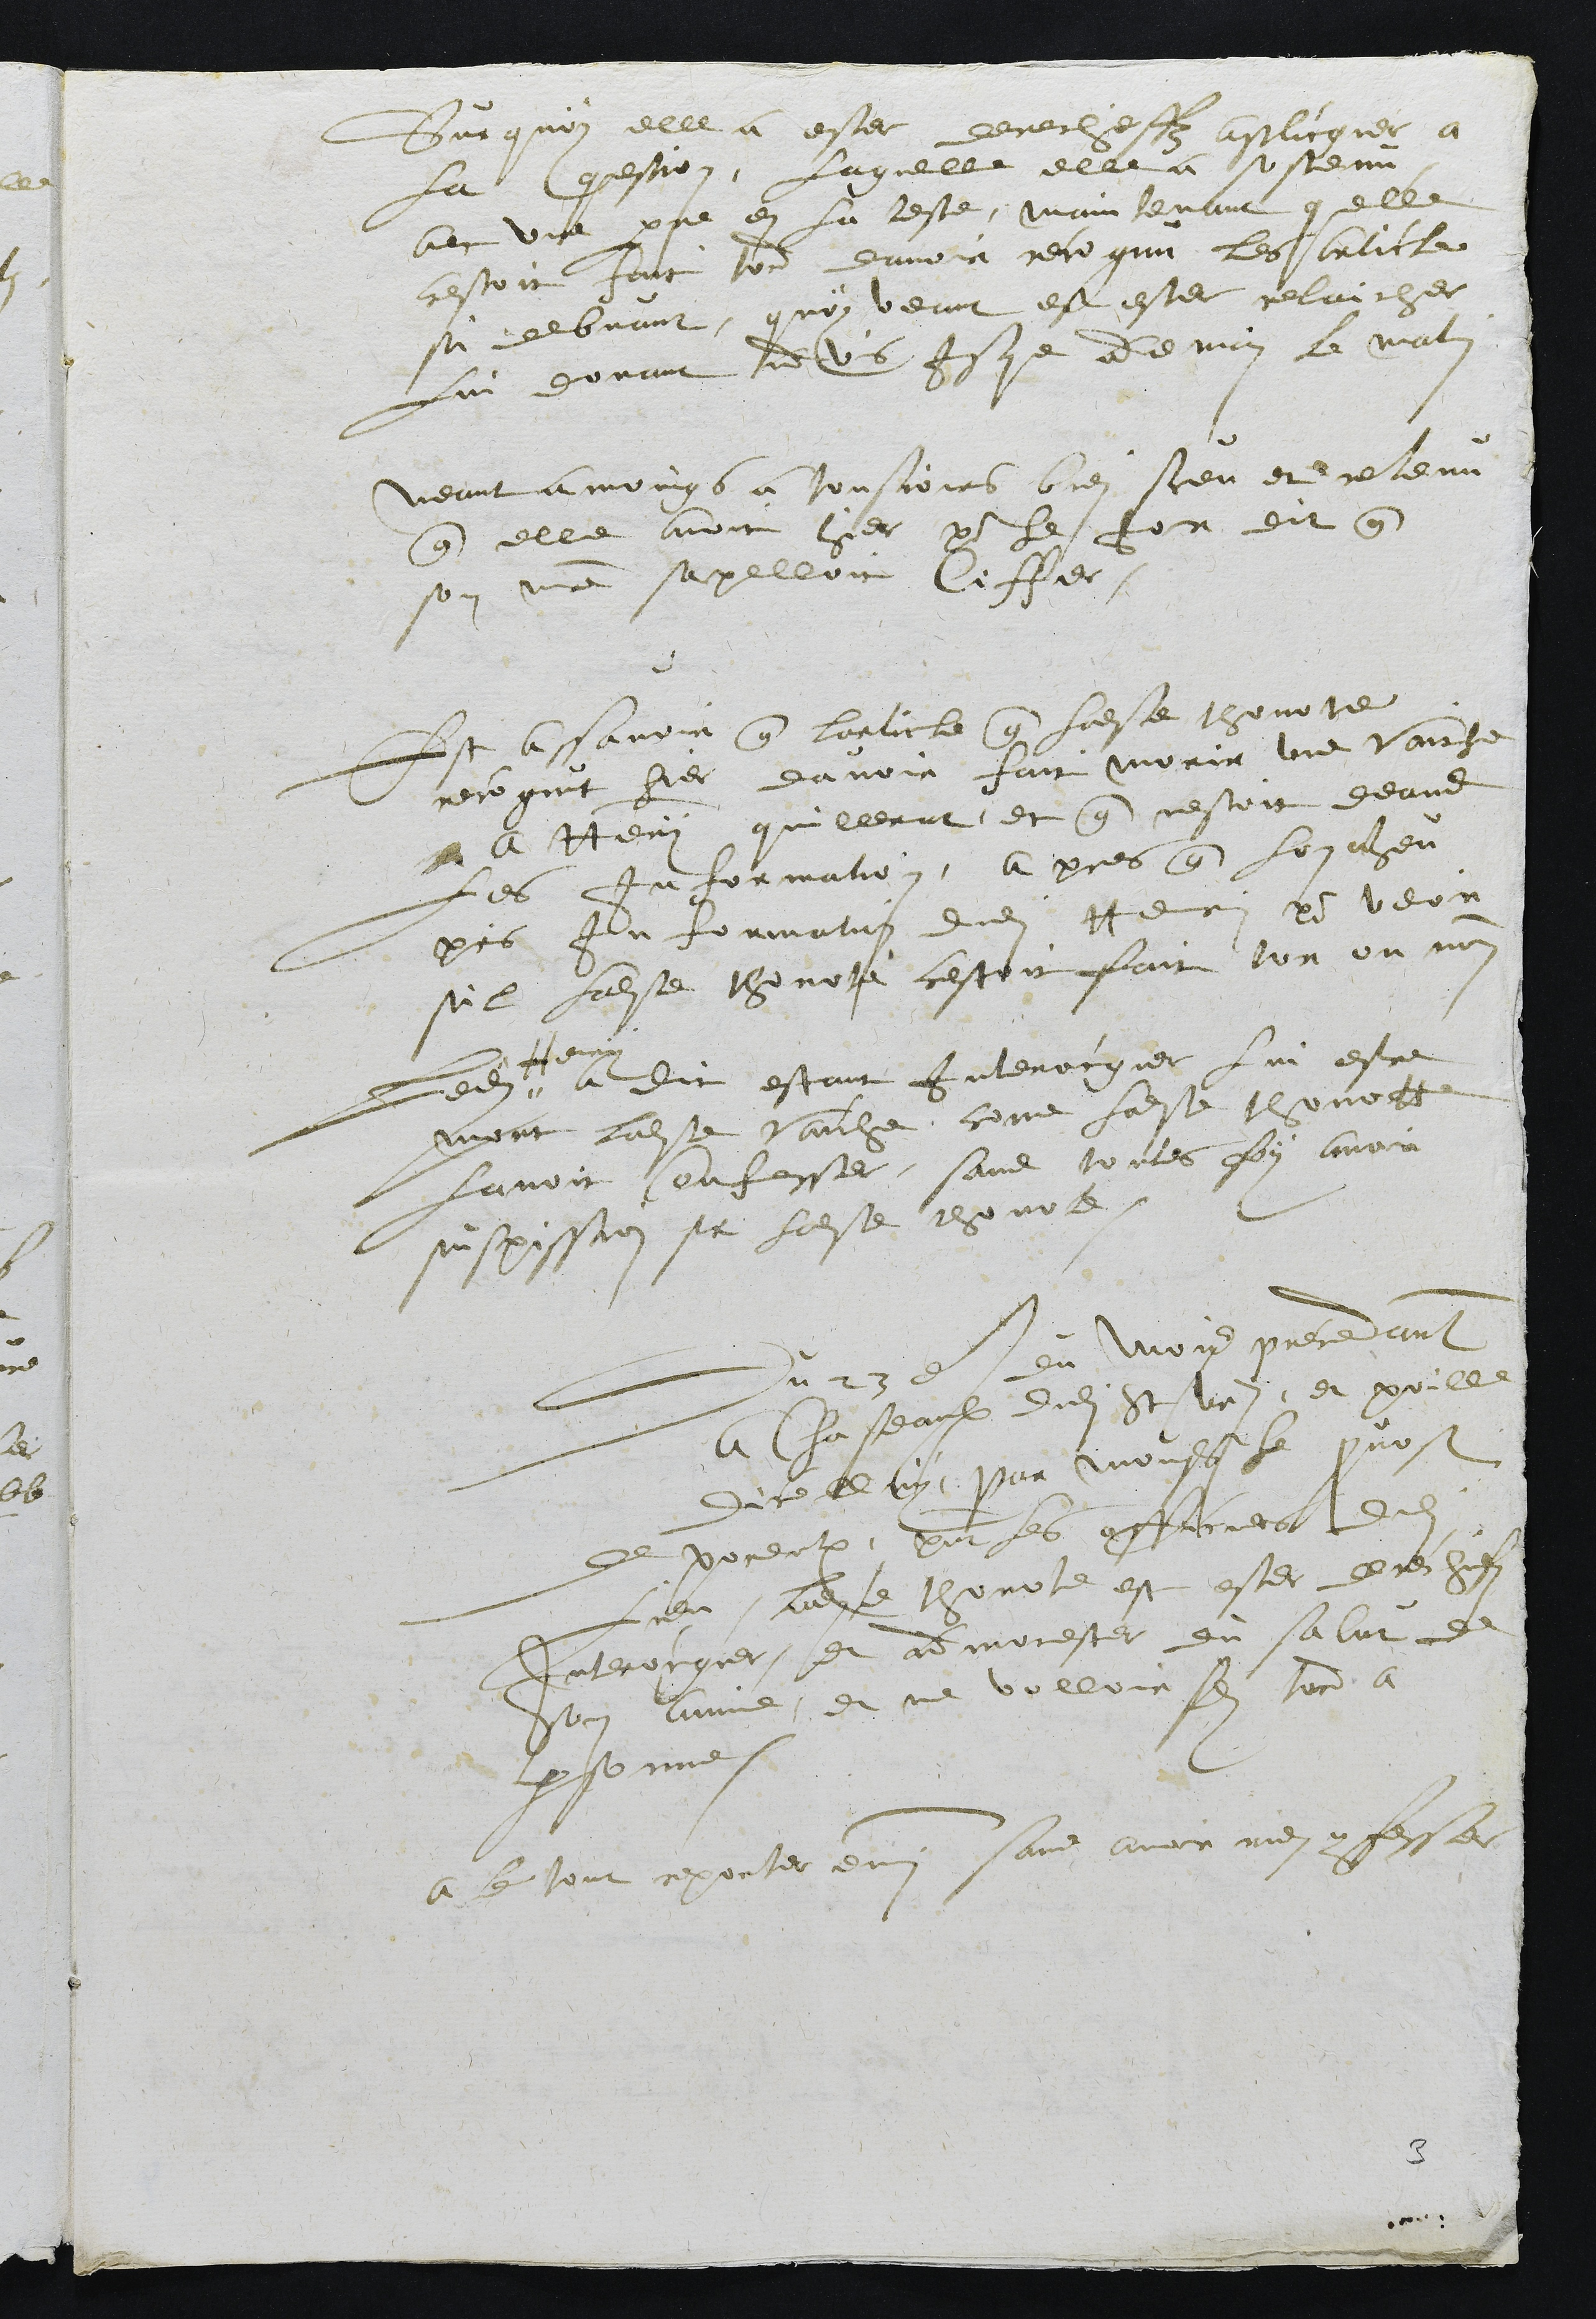
Sur quoy elle a ester derecheffz applicquer a
la question, Laquelle elle a sostenu
avec une pierre en la teste, maintenant quelle
cestoit fait tord davoir recognu les article
si debvant, quoy veant est este relaicher
Lui donnant advis jusque demain le matin
neant a moings a tousjours bien sceu et retenu
que elle avoit hier pour le jor dit que
son maitre sapelloit Ciffer
Est assavoir que larticle que ladite thonotte
recognut hier davoir fait morir une vaiche
a Henry quillerat et que nestoit deans
les information, apres que lon heu
pris Information dudit Henry pour veoir
sil ladite thonotte cestoit fait tor ou non
Ledit
Henry
a dit estant interocgier lui estre
mort ladite vaiche, come ladite thonotte
lavoit confesser, sans toutes foy avoir
suspission sur ladite thonote.
Du 23e du Moys precedant
a Chasteaulx dudit St Ursanne, et poille
dicelluy par Monsr le provost
de porentruy, present les officiers dudit
lieu ladite thonote est ester derechiefz
Interrocgier, et admonester du salut de
son ame et ne volloir faire tord a
personne.
a le tout reporter emmi sans avoir rien confesser

3